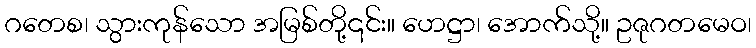
ဂတေစ၊ သွားကုန်သော အမြစ်တို့၎င်း။ ဟေဋ္ဌာ၊ အောက်သို့။ ဥဇုဂတမေဝ၊